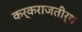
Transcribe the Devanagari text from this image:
कर्कराजतीर्थ